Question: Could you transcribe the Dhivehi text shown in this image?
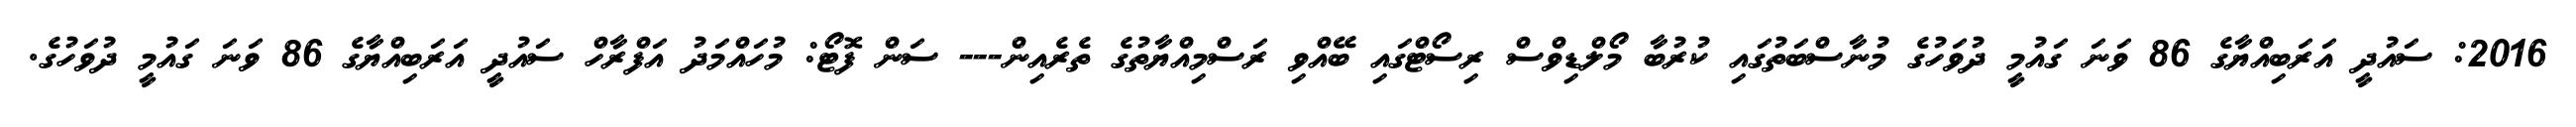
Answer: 2016: ސައުދީ އަރަބިއްޔާގެ 86 ވަނަ ގައުމީ ދުވަހުގެ މުނާސްބަތުގައި ކުރުބާ މޯލްޑިވްސް ރިސޯޓްގައި ބޭއްވި ރަސްމިއްޔާތުގެ ތެރެއިން--- ސަން ފޮޓޯ: މުހައްމަދު އަފްރާހް ސައުދީ އަރަބިއްޔާގެ 86 ވަނަ ގައުމީ ދުވަހުގެ.